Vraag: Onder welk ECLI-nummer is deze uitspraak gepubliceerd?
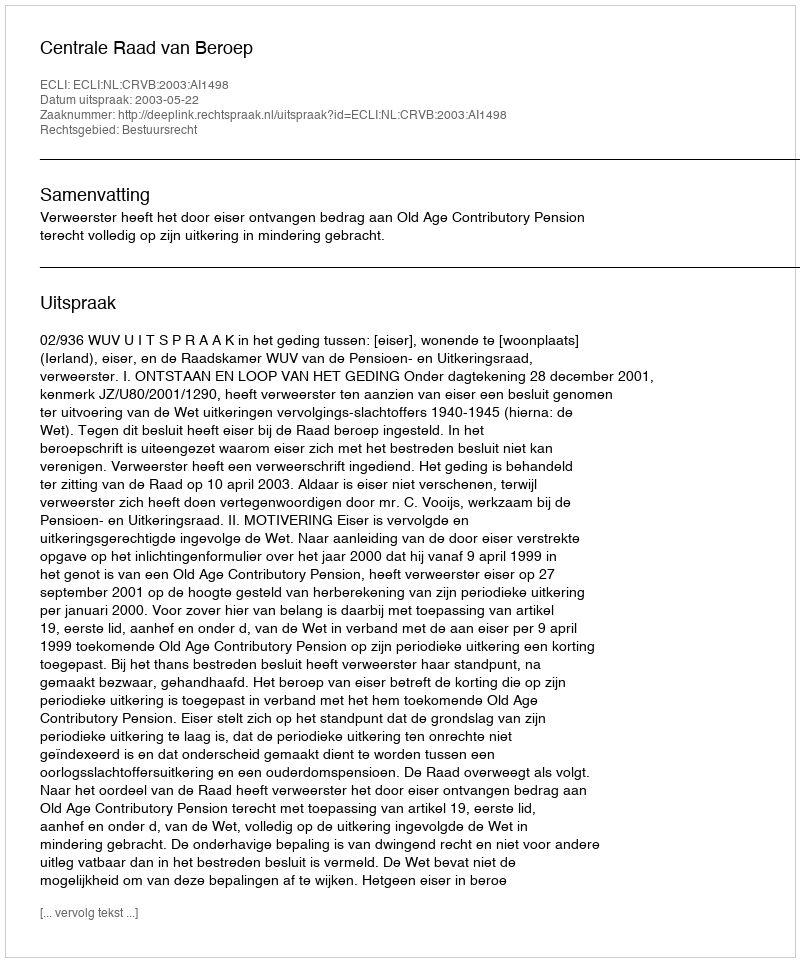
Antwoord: ECLI:NL:CRVB:2003:AI1498